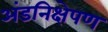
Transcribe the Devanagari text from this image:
अंडनिक्षेपण